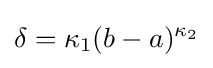
\delta =\kappa _{1}(b-a)^{\kappa _{2}}